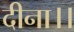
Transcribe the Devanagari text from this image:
दीना।।